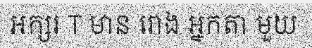
អក្សរ T មាន រោង អ្នកតា មួយ